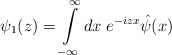
\begin{align*}{\psi}_1(z)=\int\limits_{-\infty}^{\infty}dx\;e^{-izx}\hat{\psi}(x)\end{align*}